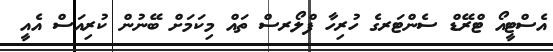
އެސްޓީއޯ ޓްރޭޑް ސެންޓަރގެ ހުރިހާ ފްލޯރސް ތައް މިކަމަށް ބޭނުން ކުރިއަސް އެއީ